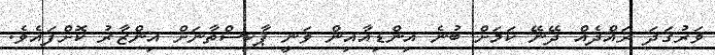
ވަރުގަދަ ރައްދެއް ދޭނޭ ކަމަށް ބުނެ އިންޑިއާއިން ވަނީ ޕާކިސްތާނަށް އިންޒާރު ކޮށްފައެވެ.